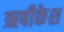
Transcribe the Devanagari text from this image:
ऋषीकेश